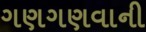
ગણગણવાની